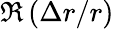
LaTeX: \Re\left(\Delta r/r\right)